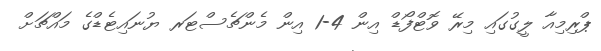
ޕްރިމިއާ ލީގުގައި މިރޭ ވޮޓްފޯޑް އިން 4-1 އިން މެންޗެސްޓަރ ޔުނައިޓެޑްގެ މައްޗަށް